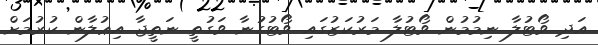
އަދި ވޯޓުލާ ނިމުމުން ވޯޓުލާ މަރުކަޒުގައި ވޯޓުގުނާ ވަގުތީ ނަތީޖާ އިޢުލާން ކުރުމަށް